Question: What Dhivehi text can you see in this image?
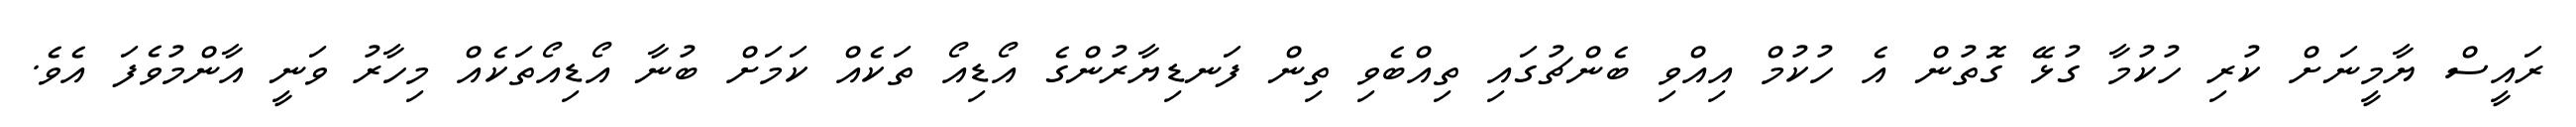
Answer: ރައީސް ޔާމީނަށް ކުރި ހުކުމާ ގުޅޭ ގޮތުން އެ ހުކުމް އިއްވި ބެންޗުގައި ތިއްބެވި ތިން ފަނޑިޔާރުންގެ އޯޑިއޯ ތަކެއް ކަމަށް ބުނާ އޯޑިއޯތަކެއް މިހާރު ވަނީ އާންމުވެފަ އެވެ.